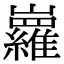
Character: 𡿏